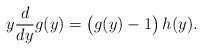
\begin{align*}y\frac{d}{dy} g(y)=\bigl(g(y)-1\bigr)\, h(y). \end{align*}